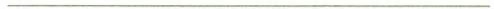
___